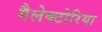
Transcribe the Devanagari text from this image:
गैलेक्टोरिया